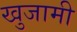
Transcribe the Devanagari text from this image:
खुजामी